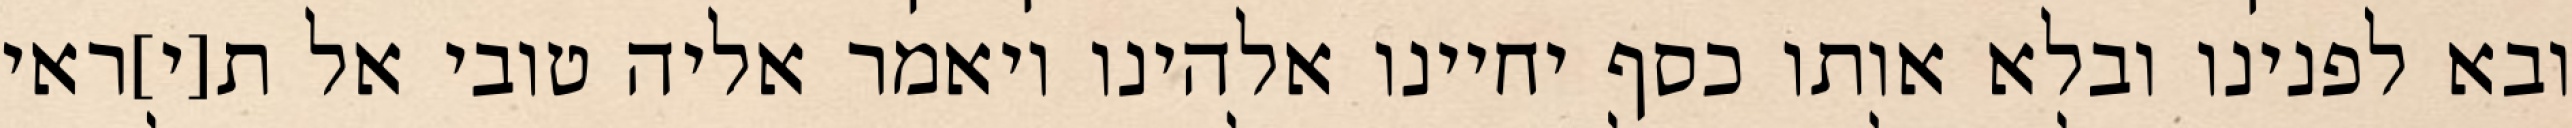
ובא לפנינו ובלא אותו כסף יחיינו אלהינו ויאמר אליה טובי אל ת[י]ראי